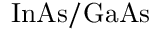
\mathrm { I n A s } / \mathrm { G a A s }